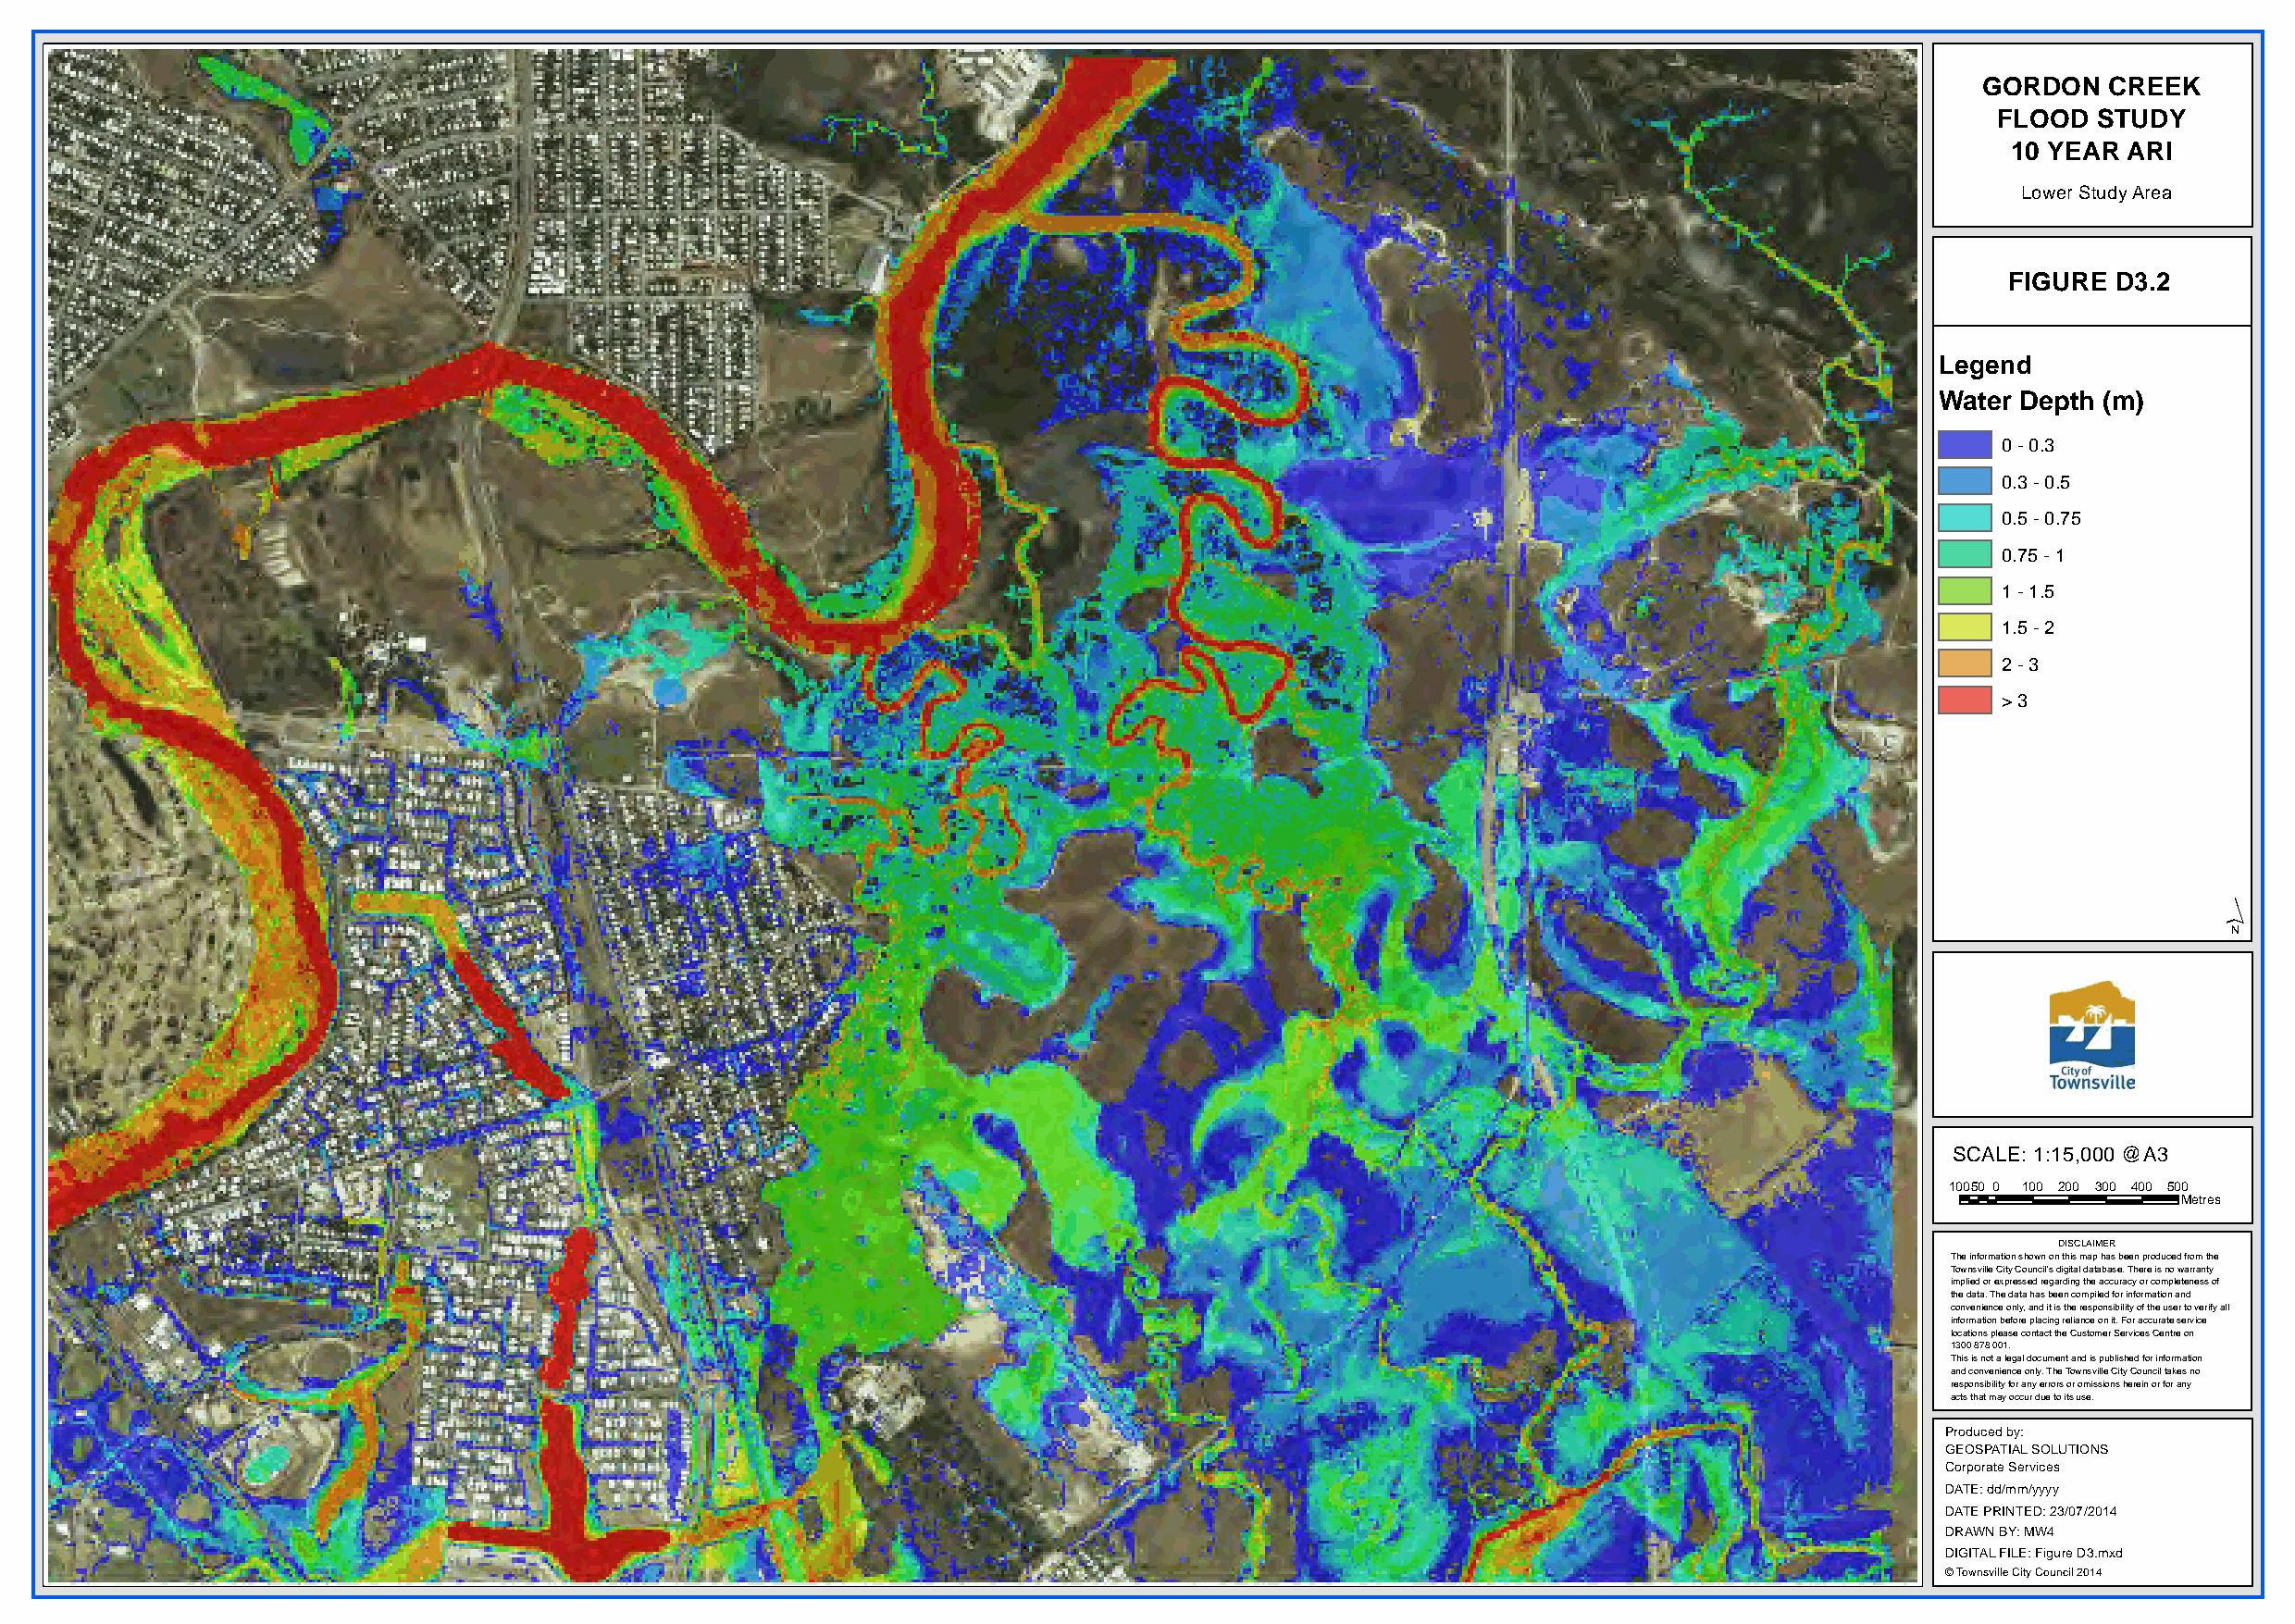
GORDON   CREEK
 FLOOD  STUDY
 10 YEAR ARI
 Lower Study Area
 FIGURE D3.2
 Legend
 Water Depth (m)
 0 - 0.3
 0.3 - 0.5
 0.5 - 0.75
 0.75 - 1
 1 - 1.5
 1.5 - 2
 2 - 3
 > 3
 ´
 SCALE: 1:15,000 @A3
 10050 0 100 200 300 400 500
 Metres
 DISCLAIMER
 The information shown on this map has been produced from the
 Townsville City Council's digital database. There is no warranty
 implied or expressed regarding the accuracy or completeness of
 the data. The data has been compiled for information and
 convenience only, and it is the responsibility of the user to verify all
 information before placing reliance on it. For accurate service
 locations please contact the Customer Services Centre on
 1300 878 001.
 This is not a legal document and is published for information
 and convenience only. The Townsville City Council takes no
 responsibility for any errors or omissions herein or for any
 acts that may occur due to its use.
 Produced by:
 GEOSPATIAL SOLUTIONS
 Corporate Services
 DATE: dd/mm/yyyy
 DATE PRINTED: 23/07/2014
 DRAWN BY: MW4
 DIGITAL FILE: Figure D3.mxd
 © Townsville City Council 2014